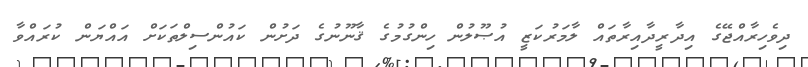
ދިވެހިރާއްޖޭގެ އިދާރީދާއިރާތައް ލާމަރުކަޒީ އުޞޫލުން ހިންގުމުގެ ޤާނޫނުގެ ދަށުން ކައުންސިލްތަކަށް އައްޔަން ކުރައްވާ